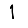
Digit: 1